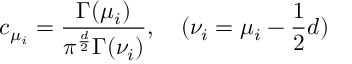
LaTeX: c _ { \mu _ { i } } = \frac { \Gamma ( \mu _ { i } ) } { \pi ^ { \frac { d } { 2 } } \Gamma ( \nu _ { i } ) } , \quad ( \nu _ { i } = \mu _ { i } - \frac { 1 } { 2 } d )